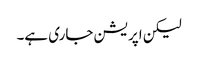
لیکن اپریشن جاری ہے۔